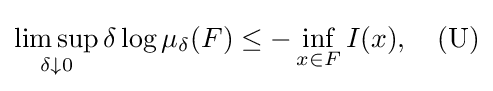
\limsup _{\delta \downarrow 0}\delta \log \mu _{\delta }(F)\leq -\inf _{x\in F}I(x),\quad {\mbox{(U)}}